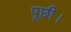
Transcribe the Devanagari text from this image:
पूछी।